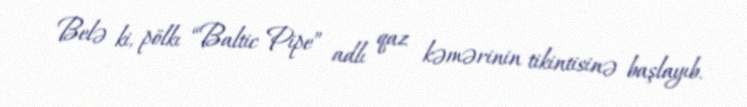
Belə ki, pölkı “Baltic Pipe” adlı qaz kəmərinin tikintisinə başlayıb.